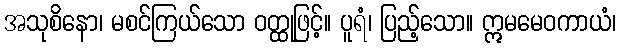
အသုစိနော၊ မစင်ကြယ်သော ဝတ္ထုဖြင့်။ ပူရံ၊ ပြည့်သော။ ဣမမေဝကာယံ၊